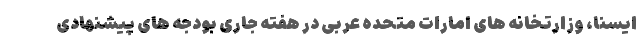
ایسنا، وزارتخانه های امارات متحده عربی در هفته جاری بودجه های پیشنهادی